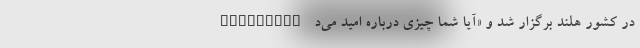
Rotterdam در کشور هلند برگزار شد و «آیا شما چیزی درباره امید می‌د